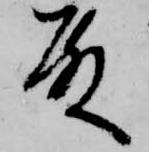
殿